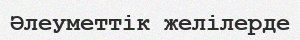
Әлеуметтік желілерде